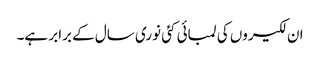
ان لکیروں کی لمبائی کئی نوری سال کے برابر ہے۔